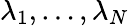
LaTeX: \lambda_{1},\ldots,\lambda_{N}